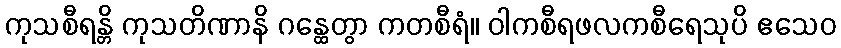
ကုသစီရန္တိ ကုသတိဏာနိ ဂန္ထေတွာ ကတစီရံ။ ဝါကစီရဖလကစီရေသုပိ ဧသေဝ